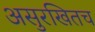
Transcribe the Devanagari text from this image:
असुरखितच